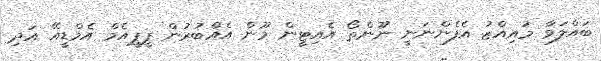
ބައްލަވާ މުއިއްޒު އެފެންނަނީ ނޫންތޯ އެއިޓީން މޫން އެއްބުރުން ޕީޕީއެމް އެމްޑީއޭ އަދި